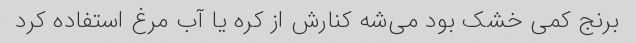
برنج کمی خشک بود می‌شه کنارش از کره یا آب مرغ استفاده کرد